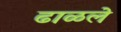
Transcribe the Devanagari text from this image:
ढाळले